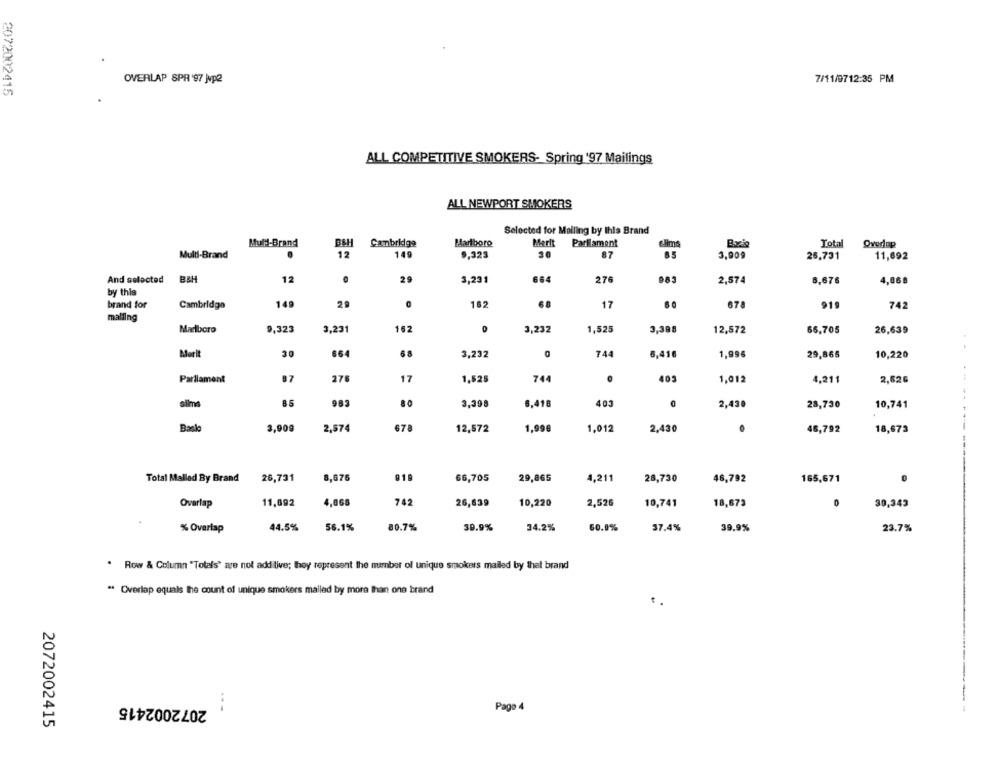
OVERLAP SPR '97 Jvp2
7/11/0712:35 PM
2072002415
ALL COMPETITIVE SMOKERS- Spring 197 Mailings
ALL NEWPORT SMOKERS
Selected for Mailing by this Brand
Muld-Brand
Cambridge
Marlboro
Marit
Parlament
Glims
Bzie
Total
Overlap
Multi-Brand
12
149
9.323
30
87
3,909
26,731
11,692
And selected
B&H
12
29
3,231
664
276
2,874
8,676
4,86 8
by this
brand for
Cambridge
149
29
182
68
17
678
919
742
malling
Marlboro
9,323
3,231
162
3,232
1,525
3,398
12,572
65,705
26,639
Marit
30
664
68
3,232
744
6,416
1,995
29,865
10,220
Parliament
87
276
17
1,525
744
403
1,012
4,211
2,626
85
983
80
3,398
6,418
403
2,420
28,730
10,741
678
Banlo
3,909
2,574
12,572
1,996
1,012
2,430
46,792
18,673
Total Malled By Brand
26,731
8,676
919
66,705
29,865
4,211
28,730
46,792
165,671
Overlap
11,692
4,068
742
26,639
10,220
2,526
10,741
0
30,343
18,673
% Overlap
44.5%
56.1%
80.7%
39.9%
34.2%
60.0%
37.4%
39,9%
23.7%
. Row & Column "Totals' are not additive; they represent the number of unique smokers mailed by thel brand
" Overlap equals the count of unique smokers mailed by more than one brand
2072002415
Page 4
2072002415